Vaccination in the Punjab 1905-1918 - 1905-1918
Year: 1905
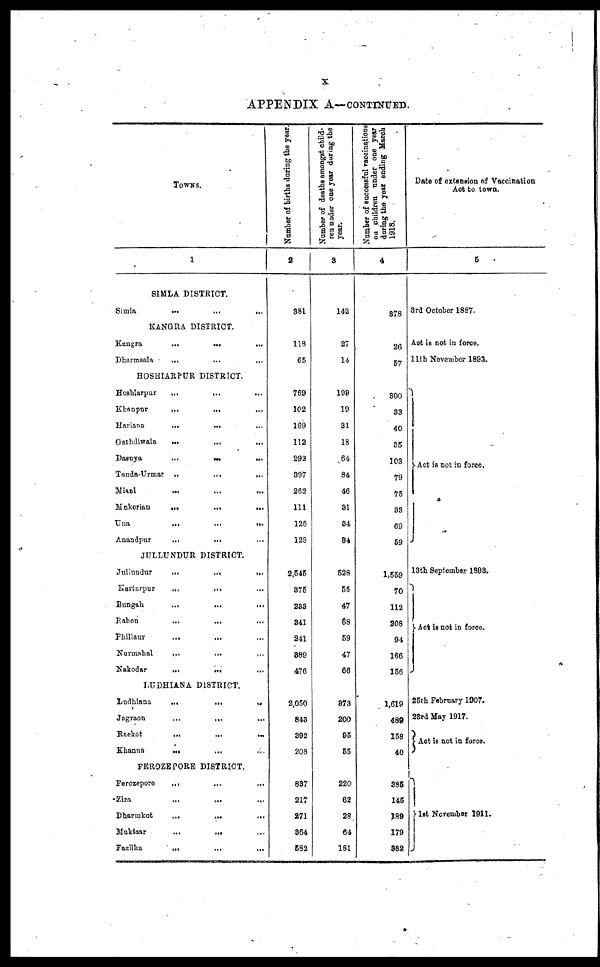
X
APPENDIX A— CONTINUED.
TOWNS.
1
SIMLA DISTRICT.
Simla
...
...
...
KANGRA DISTRICT.
Kangra
...
...
...
Dharmsala
... ... ...
HOSHIARPUR DISTRICT.
Hoshiarpur
...
...
...
Khanpur
...
... ...
Hariana
...
...
...
Garhdiwala
...
... ...
Dasuya
...
... ...
Tanda-Urmar
...
... ...
Miani
...
...
...
Mukerian
...
...
...
Una
...
...
...
Anandpur
...
... ...
JULLUNDUR DISTRICT.
Jullundur
...
...
...
Kartarpur
...
... ...
Bungah
... ... ...
Rahon
...
... ...
Phillaur ... ... ...
Nurmahal
...
...
...
Nakodar
...
...
...
LUDHIANA DISTRICT.
Ludhiana
...
...
...
Jagraon
...
... ...
Raekot
...
...
...
Khanna
... ... ...
FEROZEPORE DISTRICT.
Ferozepore
...
...
...
Zira ... ... ...
Dharmkot
...
...
...
Muktsar
...
... ...
Fazilka
... ... ...
Number of births during the year.
2
381
118
65
769
102
169
112
292
397
262
111
1286
128
2,545
375
233
341
241
389
476
2,050
843
392
208
837
217
271
364
582
Number of deaths amongst child-
ren under one year during the
year.
3
142
27
14
199
19
31
18
64
84
46
31
34
34
528
55
47
68
59
47
66
373
200
95
55
220
62
28
64
181
Number of successful vaccinations
on children under one year
during
the year ending March
1918.
4
378
26
57
300
33
40
35
103
79
75
33
69
59
1,559
70
112
208
94
166
156
1,619
489
158
40
385
145
189
179
332
Date of extension of Vaccination
Act to town.
5
3rd October 1887.
Act is not in force.
11th November 1893.
Act is not in force.
13th September 1893.
Act is not in force.
25th February 1907.
23rd May 1917.
Act is not in force.
1st November 1911.